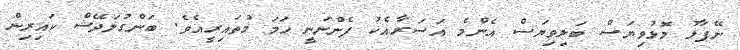
ނޭޕާލު މޮޅުވިޔަސް ބަލިވިޔަސް އެންމެ އަސަރާއެކު ފެންނަނީ ހަމަ މުތައިރީއެވެ. ބަންގުލަދޭޝް ކައިރިން